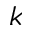
k